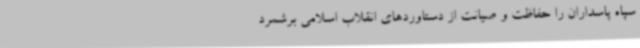
سپاه پاسداران را حفاظت و صیانت از دستاوردهای انقلاب اسلامی برشمرد